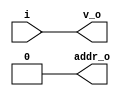


module bsg_encode_one_hot_width_p1
(
  i,
  addr_o,
  v_o
);

  input [0:0] i;
  output [0:0] addr_o;
  output v_o;
  wire [0:0] addr_o;
  wire v_o;
  assign v_o = i[0];
  assign addr_o[0] = 1'b0;

endmodule



module bsg_encode_one_hot_width_p2
(
  i,
  addr_o,
  v_o
);

  input [1:0] i;
  output [0:0] addr_o;
  output v_o;
  wire [0:0] addr_o,aligned_vs;
  wire v_o;
  wire [1:0] aligned_addrs;

  bsg_encode_one_hot_width_p1
  aligned_left
  (
    .i(i[0]),
    .addr_o(aligned_addrs[0]),
    .v_o(aligned_vs[0])
  );


  bsg_encode_one_hot_width_p1
  aligned_right
  (
    .i(i[1]),
    .addr_o(aligned_addrs[1]),
    .v_o(addr_o[0])
  );

  assign v_o = addr_o[0] | aligned_vs[0];

endmodule



module bsg_encode_one_hot_width_p4
(
  i,
  addr_o,
  v_o
);

  input [3:0] i;
  output [1:0] addr_o;
  output v_o;
  wire [1:0] addr_o,aligned_addrs;
  wire v_o;
  wire [0:0] aligned_vs;

  bsg_encode_one_hot_width_p2
  aligned_left
  (
    .i(i[1:0]),
    .addr_o(aligned_addrs[0]),
    .v_o(aligned_vs[0])
  );


  bsg_encode_one_hot_width_p2
  aligned_right
  (
    .i(i[3:2]),
    .addr_o(aligned_addrs[1]),
    .v_o(addr_o[1])
  );

  assign v_o = addr_o[1] | aligned_vs[0];
  assign addr_o[0] = aligned_addrs[0] | aligned_addrs[1];

endmodule



module bsg_encode_one_hot_width_p8
(
  i,
  addr_o,
  v_o
);

  input [7:0] i;
  output [2:0] addr_o;
  output v_o;
  wire [2:0] addr_o;
  wire v_o;
  wire [3:0] aligned_addrs;
  wire [0:0] aligned_vs;

  bsg_encode_one_hot_width_p4
  aligned_left
  (
    .i(i[3:0]),
    .addr_o(aligned_addrs[1:0]),
    .v_o(aligned_vs[0])
  );


  bsg_encode_one_hot_width_p4
  aligned_right
  (
    .i(i[7:4]),
    .addr_o(aligned_addrs[3:2]),
    .v_o(addr_o[2])
  );

  assign v_o = addr_o[2] | aligned_vs[0];
  assign addr_o[1] = aligned_addrs[1] | aligned_addrs[3];
  assign addr_o[0] = aligned_addrs[0] | aligned_addrs[2];

endmodule



module bsg_encode_one_hot_width_p16
(
  i,
  addr_o,
  v_o
);

  input [15:0] i;
  output [3:0] addr_o;
  output v_o;
  wire [3:0] addr_o;
  wire v_o;
  wire [5:0] aligned_addrs;
  wire [0:0] aligned_vs;

  bsg_encode_one_hot_width_p8
  aligned_left
  (
    .i(i[7:0]),
    .addr_o(aligned_addrs[2:0]),
    .v_o(aligned_vs[0])
  );


  bsg_encode_one_hot_width_p8
  aligned_right
  (
    .i(i[15:8]),
    .addr_o(aligned_addrs[5:3]),
    .v_o(addr_o[3])
  );

  assign v_o = addr_o[3] | aligned_vs[0];
  assign addr_o[2] = aligned_addrs[2] | aligned_addrs[5];
  assign addr_o[1] = aligned_addrs[1] | aligned_addrs[4];
  assign addr_o[0] = aligned_addrs[0] | aligned_addrs[3];

endmodule



module bsg_encode_one_hot_width_p32
(
  i,
  addr_o,
  v_o
);

  input [31:0] i;
  output [4:0] addr_o;
  output v_o;
  wire [4:0] addr_o;
  wire v_o;
  wire [7:0] aligned_addrs;
  wire [0:0] aligned_vs;

  bsg_encode_one_hot_width_p16
  aligned_left
  (
    .i(i[15:0]),
    .addr_o(aligned_addrs[3:0]),
    .v_o(aligned_vs[0])
  );


  bsg_encode_one_hot_width_p16
  aligned_right
  (
    .i(i[31:16]),
    .addr_o(aligned_addrs[7:4]),
    .v_o(addr_o[4])
  );

  assign v_o = addr_o[4] | aligned_vs[0];
  assign addr_o[3] = aligned_addrs[3] | aligned_addrs[7];
  assign addr_o[2] = aligned_addrs[2] | aligned_addrs[6];
  assign addr_o[1] = aligned_addrs[1] | aligned_addrs[5];
  assign addr_o[0] = aligned_addrs[0] | aligned_addrs[4];

endmodule



module bsg_encode_one_hot_width_p64
(
  i,
  addr_o,
  v_o
);

  input [63:0] i;
  output [5:0] addr_o;
  output v_o;
  wire [5:0] addr_o;
  wire v_o;
  wire [9:0] aligned_addrs;
  wire [0:0] aligned_vs;

  bsg_encode_one_hot_width_p32
  aligned_left
  (
    .i(i[31:0]),
    .addr_o(aligned_addrs[4:0]),
    .v_o(aligned_vs[0])
  );


  bsg_encode_one_hot_width_p32
  aligned_right
  (
    .i(i[63:32]),
    .addr_o(aligned_addrs[9:5]),
    .v_o(addr_o[5])
  );

  assign v_o = addr_o[5] | aligned_vs[0];
  assign addr_o[4] = aligned_addrs[4] | aligned_addrs[9];
  assign addr_o[3] = aligned_addrs[3] | aligned_addrs[8];
  assign addr_o[2] = aligned_addrs[2] | aligned_addrs[7];
  assign addr_o[1] = aligned_addrs[1] | aligned_addrs[6];
  assign addr_o[0] = aligned_addrs[0] | aligned_addrs[5];

endmodule



module bsg_encode_one_hot_width_p128
(
  i,
  addr_o,
  v_o
);

  input [127:0] i;
  output [6:0] addr_o;
  output v_o;
  wire [6:0] addr_o;
  wire v_o;
  wire [11:0] aligned_addrs;
  wire [0:0] aligned_vs;

  bsg_encode_one_hot_width_p64
  aligned_left
  (
    .i(i[63:0]),
    .addr_o(aligned_addrs[5:0]),
    .v_o(aligned_vs[0])
  );


  bsg_encode_one_hot_width_p64
  aligned_right
  (
    .i(i[127:64]),
    .addr_o(aligned_addrs[11:6]),
    .v_o(addr_o[6])
  );

  assign v_o = addr_o[6] | aligned_vs[0];
  assign addr_o[5] = aligned_addrs[5] | aligned_addrs[11];
  assign addr_o[4] = aligned_addrs[4] | aligned_addrs[10];
  assign addr_o[3] = aligned_addrs[3] | aligned_addrs[9];
  assign addr_o[2] = aligned_addrs[2] | aligned_addrs[8];
  assign addr_o[1] = aligned_addrs[1] | aligned_addrs[7];
  assign addr_o[0] = aligned_addrs[0] | aligned_addrs[6];

endmodule